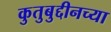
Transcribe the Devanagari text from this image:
कुतुबुद्दीनच्या